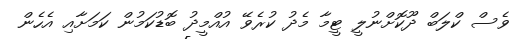
ވެސް ކްލަބް ދޫކޮށްނުލީ ޓީމާ މެދު ކުރެވޭ އުއްމީދު ބޮޑުކަމުން ކަމަށާއި އެހެން